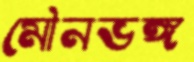
মৌনভঙ্গ